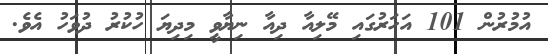
އުމުރުން 101 އަހަރުގައި މޭލިއާ ދިއާ ނިޔާވީ މިދިޔަ ހުކުރު ދުވަހު އެވެ.